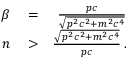
\begin{array} { r l r } { \beta } & { { } = } & { \frac { p c } { \sqrt { p ^ { 2 } c ^ { 2 } + m ^ { 2 } c ^ { 4 } } } } \\ { n } & { { } > } & { \frac { \sqrt { p ^ { 2 } c ^ { 2 } + m ^ { 2 } c ^ { 4 } } } { p c } \, . } \end{array}